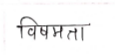
मजकूर: विषमता